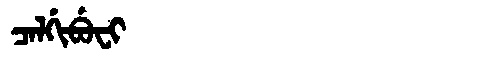
Manchu: ᠴᠠᠯᡤᡳᠪᡠᠸᡳ
Romanization: CALGIBUFI